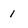
Character: 1